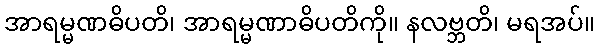
အာရမ္မဏဓိပတိ၊ အာရမ္မဏာဓိပတိကို။ နလဗ္ဘတိ၊ မရအပ်။